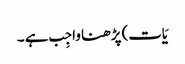
یَات) پڑھنا واجِب ہے ۔